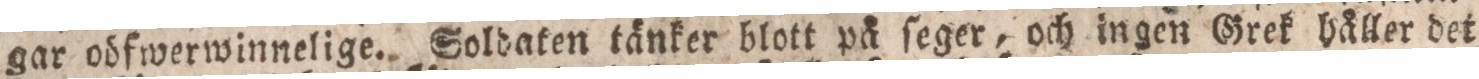
gar obfwerwinnelige. Soldaten tänker blott på ſeger, och ingen Grek håller det